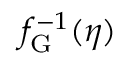
f _ { \mathrm { G } } ^ { - 1 } ( \eta )